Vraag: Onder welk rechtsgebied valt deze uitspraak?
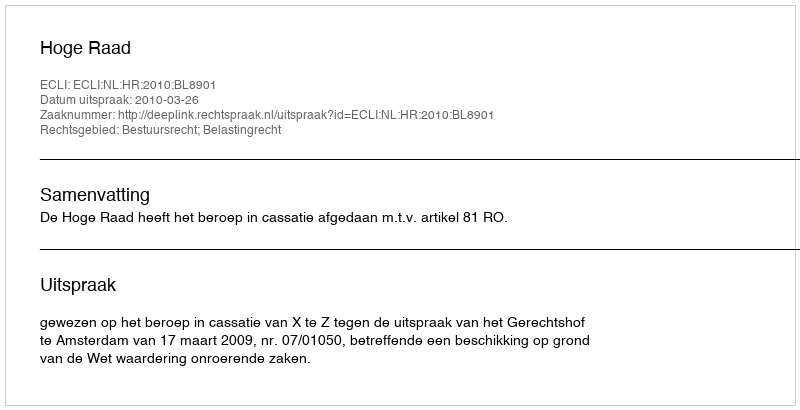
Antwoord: Bestuursrecht; Belastingrecht